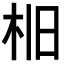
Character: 𣐤